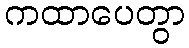
ကထာပေတွာ